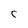
Character: c